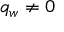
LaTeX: q _ { w } \neq 0